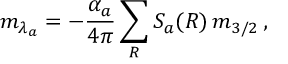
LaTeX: m _ { \lambda _ { a } } = - \frac { \alpha _ { a } } { 4 \pi } \sum _ { R } S _ { a } ( R ) \, m _ { 3 / 2 } \, ,